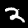
Label: 2